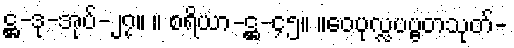
ဋ္ဌ-ဒု-အုပ်-၂၇။ ။ စရိယာ-ဋ္ဌ-၄၅။ ။ဝေပုလ္လပဗ္ဗတသုတ်-